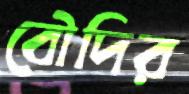
বৌদির